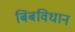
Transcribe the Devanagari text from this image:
बिंबविधान